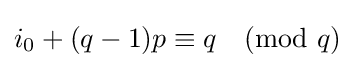
i_{0}+(q-1)p\equiv q{\pmod {q}}